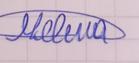
Signature authenticity: genuine